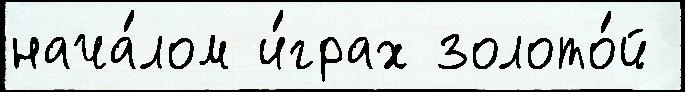
нача́лом и́грах золото́й